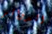
الدوائر